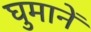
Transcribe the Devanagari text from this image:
घुमानें